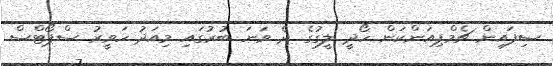
ސިފައިން ޗެމްޕިއަންކަން ހޯދީ ލީގުގެ ދެ ވަނަ ބުރުގައި މިއަދު ހަވީރު ސްޕޯޓްސް